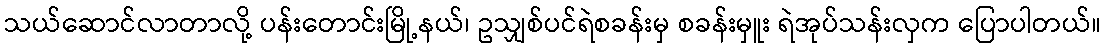
သယ်ဆောင်လာတာလို့ ပန်းတောင်းမြို့နယ်၊ ဥသျှစ်ပင်ရဲစခန်းမှ စခန်းမှူး ရဲအုပ်သန်းလှက ပြောပါတယ်။